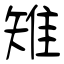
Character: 雉